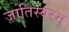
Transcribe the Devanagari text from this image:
जातिस्वरम्